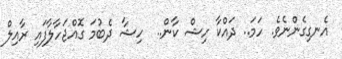
އެނގިގެންނެވެ. ހަމަ.. ދައްކާ ހިޝް ކާން..  ހިޝާ ދެބުމަ ގޮއްޖަހާލާފައި ރާއިލް